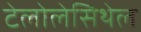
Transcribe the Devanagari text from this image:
टेलोलेसिथेल